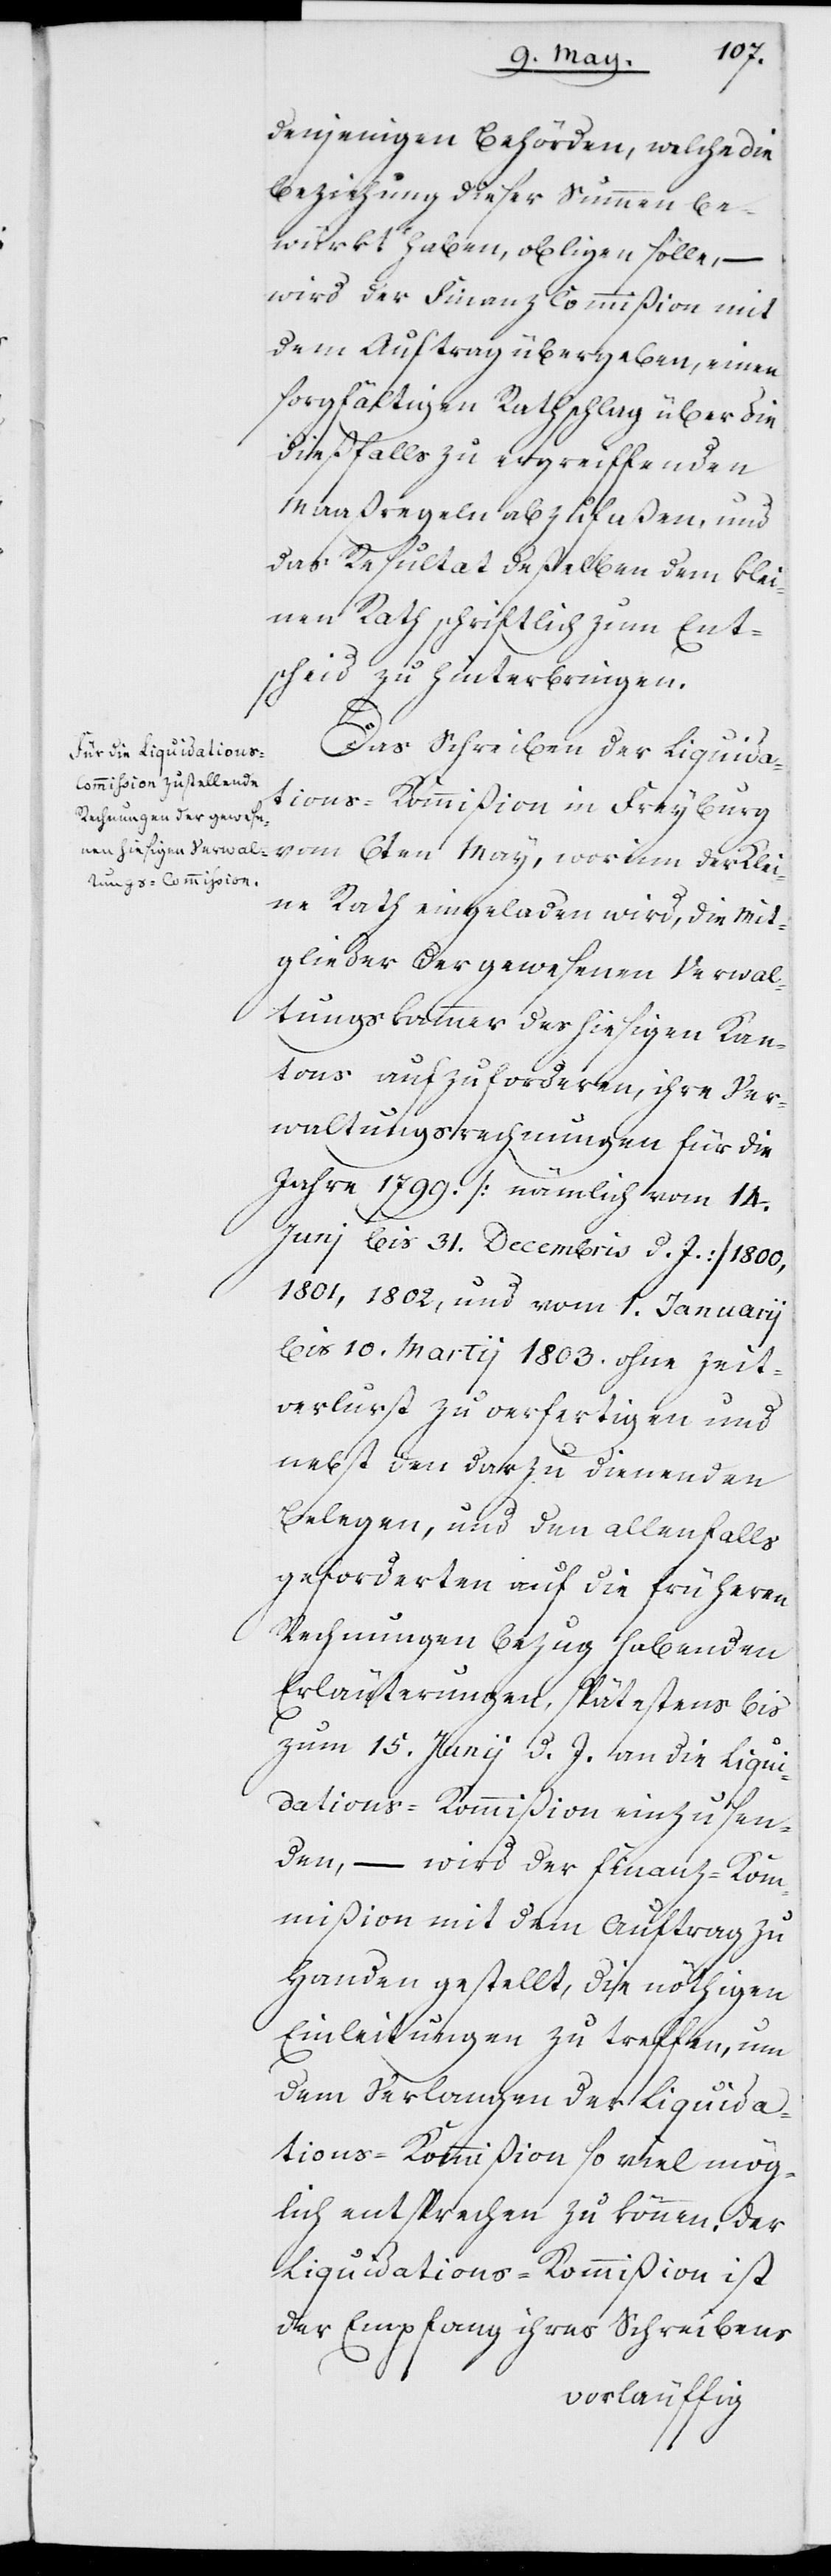
denjenigen Behörden, welche die
Beziehung dieser Summen be¬
wirkt haben, obligen solle, –
wird der Finanz Commißion mit
dem Auftrag übergeben, einen
sorgfältigen Rathschlag über die
dießfalls zu ergreiffenden
Maaßregeln abzufaßen, und
das Resultat deßelben dem Klei¬
nen Rath schriftlich zum Ent¬
scheid zu hinterbringen.
den
Das Schreiben der Liquida¬
tions-Kommißion in Freyburg
vom 6ten May, worinn der Klei¬
ne Rath eingeladen wird, die Mit¬
glieder der gewesenen Verwal¬
tungskammer des hiesigen Kan¬
tons aufzuforderen, ihre Ver¬
waltungsrechnungen für die
Jahre 1799. (nämlich vom 14.
Junj bis 31. Decembris d. J.) 1800,
1801, 1802, und vom 1. Januarij
bis 10. Martij 1803. ohne Zeit¬
verlust zu verfertigen und
nebst den darzu dienenden
geforderten auf die früheren
Rechnungen Bezug habenden
Erläuterungen, spätestens bis
zum 15. Junij d. J. an die Liqui¬
dations-Kommißion einzusen¬
den, – wird der Finanz-Ko¬
mmißion mit dem Auftrag zu
Handen gestellt, die nöthigen
Einleitungen zu treffen, um
dem Verlangen der Liquida¬
tions-Kommißion so viel mög¬
lich entsprechen zu können. Der
Liquidations-Kommißion ist
der Empfang ihres Schreibens